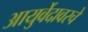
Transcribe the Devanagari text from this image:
आयुर्वेदावरचे